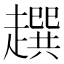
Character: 𧾌